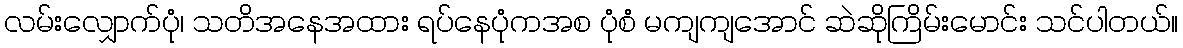
လမ်းလျှောက်ပုံ၊ သတိအနေအထား ရပ်နေပုံကအစ ပုံစံ မကျကျအောင် ဆဲဆိုကြိမ်းမောင်း သင်ပါတယ်။